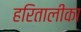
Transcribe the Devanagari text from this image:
हरितालीका